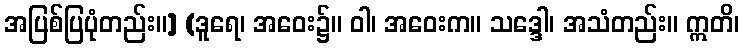
အပြစ်ပြပုံတည်း။] (ဒူရေ၊ အဝေး၌။ ဝါ၊ အဝေးက။ သဒ္ဒေါ၊ အသံတည်း။ ဣတိ၊